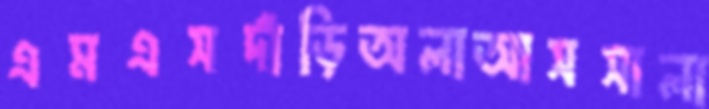
এমএসদাঁড়িঅলাআসসালা